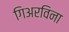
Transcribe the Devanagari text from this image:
गिअरविना